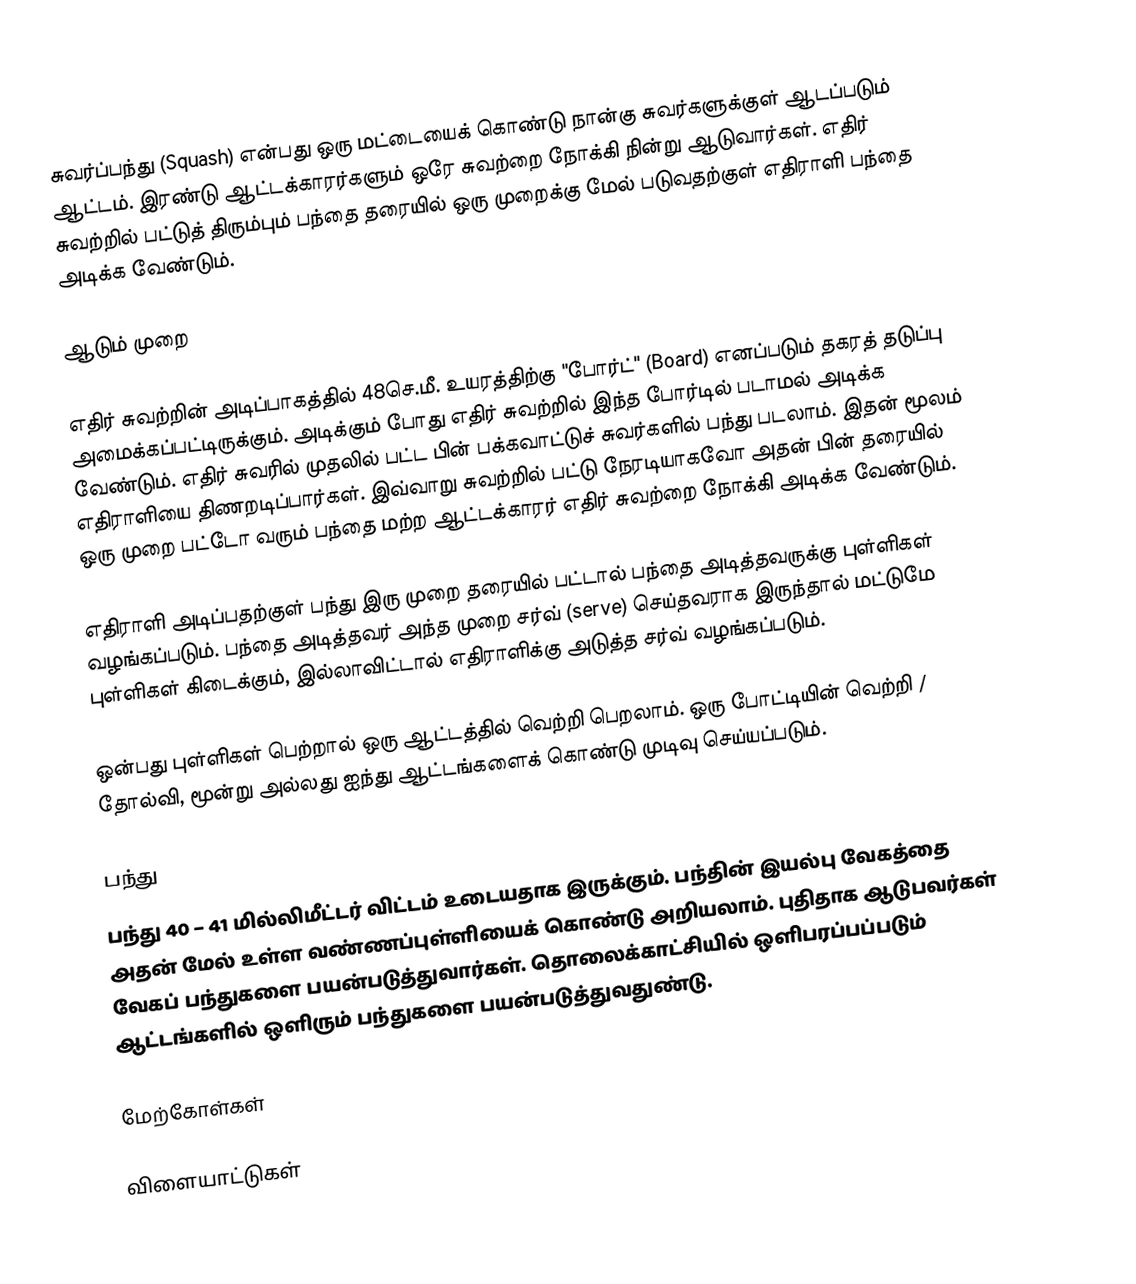
சுவர்ப்பந்து (Squash) என்பது ஒரு மட்டையைக் கொண்டு நான்கு சுவர்களுக்குள் ஆடப்படும் ஆட்டம். இரண்டு ஆட்டக்காரர்களும் ஒரே சுவற்றை நோக்கி நின்று ஆடுவார்கள். எதிர் சுவற்றில் பட்டுத் திரும்பும் பந்தை தரையில் ஒரு முறைக்கு மேல் படுவதற்குள் எதிராளி பந்தை அடிக்க வேண்டும்.

ஆடும் முறை

எதிர் சுவற்றின் அடிப்பாகத்தில் 48செ.மீ. உயரத்திற்கு "போர்ட்" (Board) எனப்படும் தகரத் தடுப்பு அமைக்கப்பட்டிருக்கும். அடிக்கும் போது எதிர் சுவற்றில் இந்த போர்டில் படாமல் அடிக்க வேண்டும். எதிர் சுவரில் முதலில் பட்ட பின் பக்கவாட்டுச் சுவர்களில் பந்து படலாம். இதன் மூலம் எதிராளியை திணறடிப்பார்கள். இவ்வாறு சுவற்றில் பட்டு நேரடியாகவோ அதன் பின் தரையில் ஒரு முறை பட்டோ வரும் பந்தை மற்ற ஆட்டக்காரர் எதிர் சுவற்றை நோக்கி அடிக்க வேண்டும்.

எதிராளி அடிப்பதற்குள் பந்து இரு முறை தரையில் பட்டால் பந்தை அடித்தவருக்கு புள்ளிகள் வழங்கப்படும். பந்தை அடித்தவர் அந்த முறை சர்வ் (serve) செய்தவராக இருந்தால் மட்டுமே புள்ளிகள் கிடைக்கும், இல்லாவிட்டால் எதிராளிக்கு அடுத்த சர்வ் வழங்கப்படும்.

ஒன்பது புள்ளிகள் பெற்றால் ஒரு ஆட்டத்தில் வெற்றி பெறலாம். ஒரு போட்டியின் வெற்றி / தோல்வி, மூன்று அல்லது ஐந்து ஆட்டங்களைக் கொண்டு முடிவு செய்யப்படும்.

பந்து
பந்து 40 – 41 மில்லிமீட்டர் விட்டம் உடையதாக இருக்கும். பந்தின் இயல்பு வேகத்தை அதன் மேல் உள்ள வண்ணப்புள்ளியைக் கொண்டு அறியலாம். புதிதாக ஆடுபவர்கள் வேகப் பந்துகளை பயன்படுத்துவார்கள். தொலைக்காட்சியில் ஒளிபரப்பப்படும் ஆட்டங்களில் ஒளிரும் பந்துகளை பயன்படுத்துவதுண்டு.

மேற்கோள்கள்

விளையாட்டுகள்